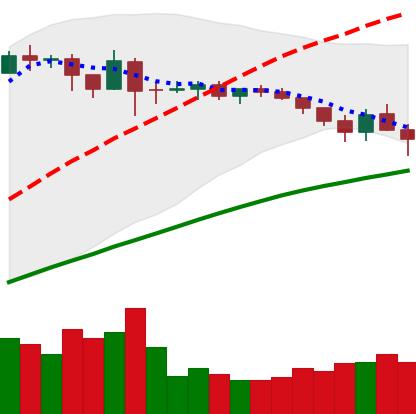
Ticker: ADA-USD
Chart end date: 2019-04-24
Forward return: -11.032%
Label: down_7plus